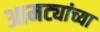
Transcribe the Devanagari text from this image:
आमट्यांच्या